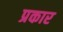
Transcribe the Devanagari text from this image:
प्रकार